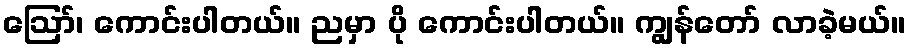
ဪ၊ ကောင်းပါတယ်။ ညမှာ ပို ကောင်းပါတယ်။ ကျွန်တော် လာခဲ့မယ်။